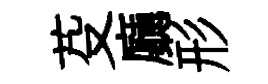
芟廳形